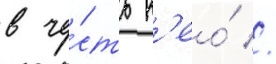
в че́сть н'ео́ //